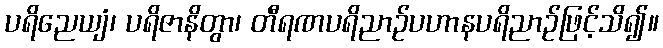
ပရိညေယျံ၊ ပရိဇာနိတွာ၊ တီရဏပရိညာဉ်ပဟာနပရိညာဉ်ဖြင့်သိ၍။